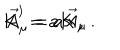
K ^ { \prime } = a K \, , \hspace { . 5 c m } \vec { A } _ { \mu } ^ { \prime } = a \vec { A } _ { \mu } \, .